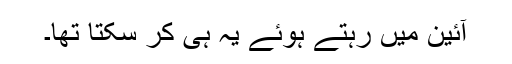
آئین میں رہتے ہوئے یہ ہی کر سکتا تھا۔